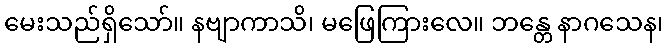
မေးသည်ရှိသော်။ နဗျာကာသိ၊ မဖြေကြားလေ။ ဘန္တေ နာဂသေန၊